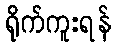
ရိုက်ကူးရန်